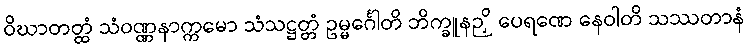
ဝိဃာတတ္ထံ သံဝဏ္ဏနာက္ကမော သံသဋ္ဌတ္တံ ဥမ္မင်္ဂေါတိ ဘိက္ခူနဉှိ ပေရဏေ နေဝါတိ သဿတာနံ